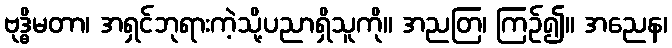
ဗုဒ္ဓိမတာ၊ အရှင်ဘုရားကဲ့သို့ပညာရှိသူကို။ အညတြ၊ ကြဉ်၍။ အညေန၊